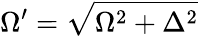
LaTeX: \Omega^{\prime}=\sqrt{\Omega^{2}+\Delta^{2}}